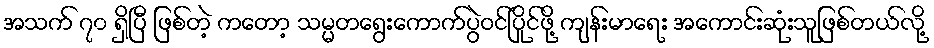
အသက် ၇၀ ရှိပြီ ဖြစ်တဲ့ ကတော့ သမ္မတရွေးကောက်ပွဲဝင်ပြိုင်ဖို့ ကျန်းမာရေး အကောင်းဆုံးသူဖြစ်တယ်လို့